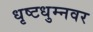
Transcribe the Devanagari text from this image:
धृष्टधुम्नवर